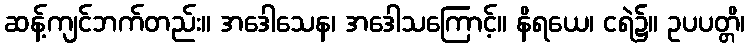
ဆန့်ကျင်ဘက်တည်း။ အဒေါသေန၊ အဒေါသကြောင့်။ နိရယေ၊ ငရဲ၌။ ဥပပတ္တိ၊